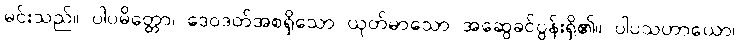
မင်းသည်။ ပါပမိတ္တော၊ ဒေဝဒတ်အစရှိသော ယုတ်မာသော အဆွေခင်ပွန်းရှိ၏။ ပါပသဟာယော၊